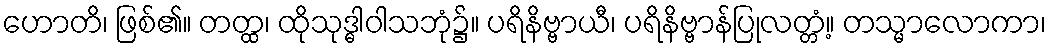
ဟောတိ၊ ဖြစ်၏။ တတ္ထ၊ ထိုသုဒ္ဓါဝါသဘုံ၌။ ပရိနိဗ္ဗာယီ၊ ပရိနိဗ္ဗာန်ပြုလတ္တံ့။ တသ္မာလောကာ၊